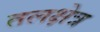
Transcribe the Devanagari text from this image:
तलक्षेत्र